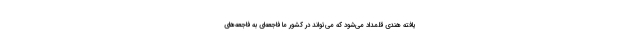
یافته هندی قلمداد می‌شود که می‌تواند در کشور ما فاجعه‌ای به فاجعه‌های